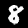
Digit: 8